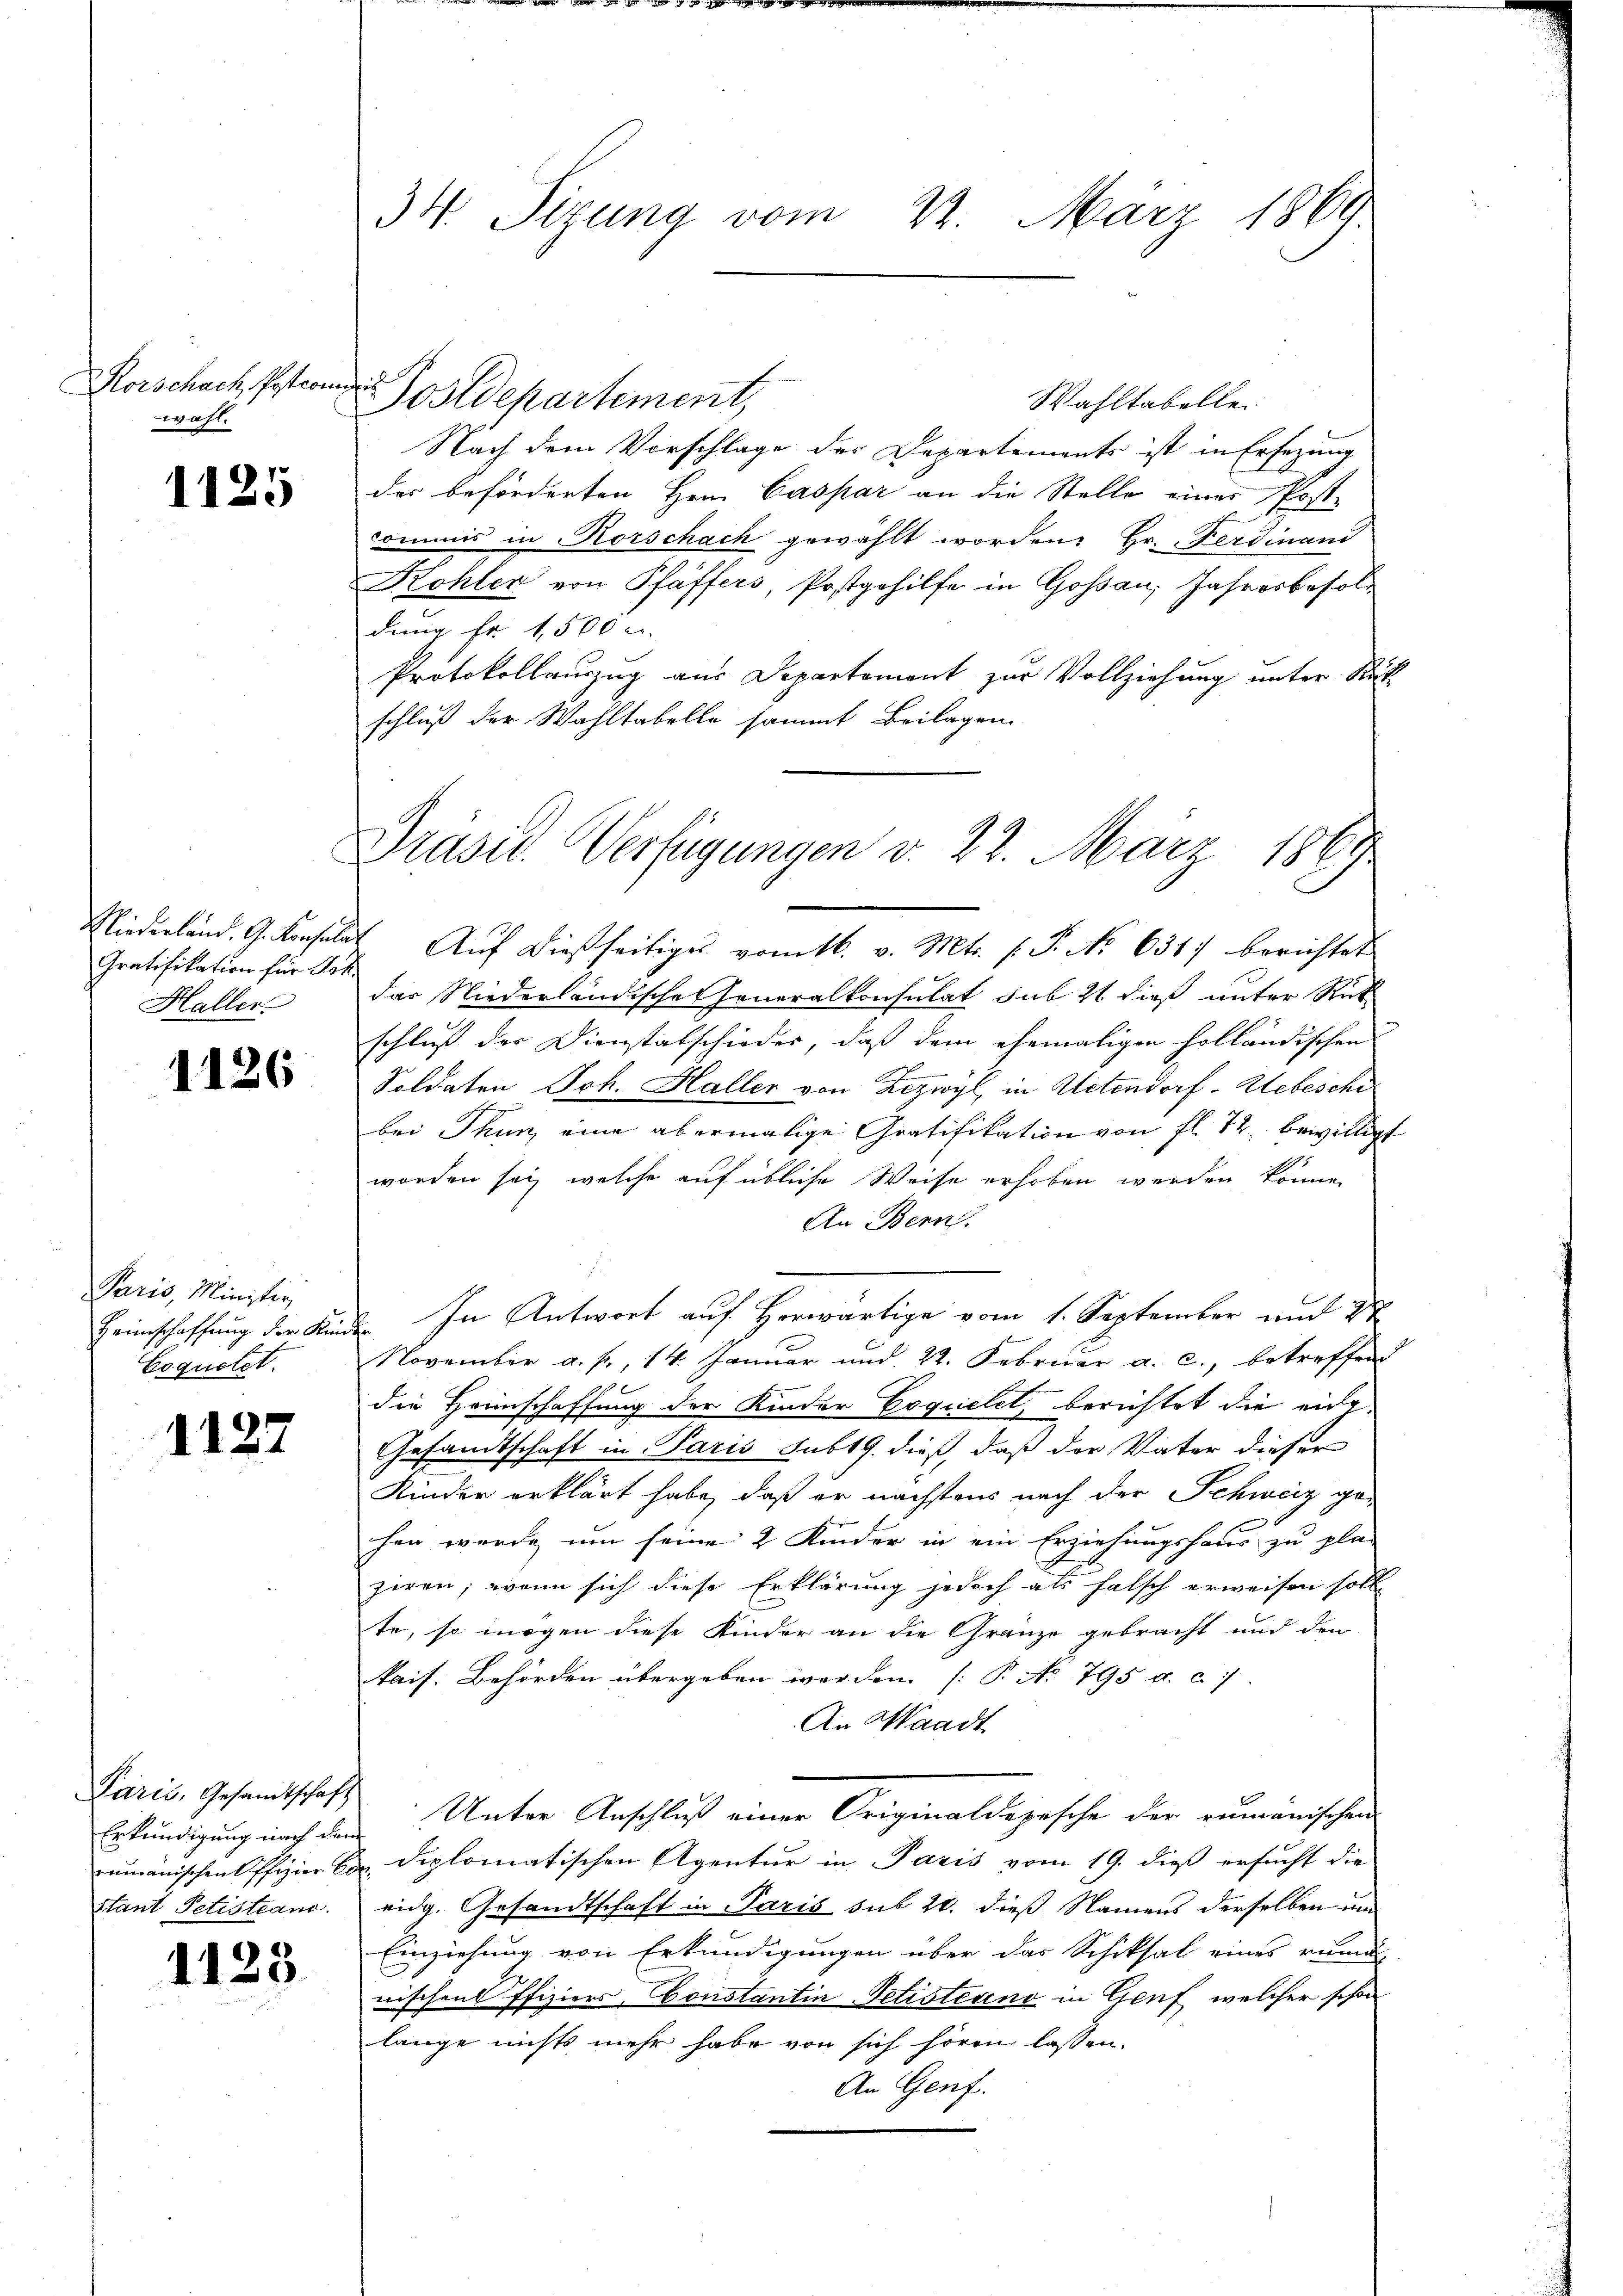
Korschach, Postion
wahl.

1125

1126

Paris, Ministir
Heimschaffung der Kin¬
Coquetet.

1127

1123

Niederland. G. Konsulat
Gratifikation für Joh.
Haller

Postdepartement,
Wahltabellei
Nach dem Vorschlage der Departements ist in Ersezung
der beförderten Hern Caspar an die Stelle einer Post-
commis in Horschach gewählt worden: Hr. Ferdinand
Kohler von Pfäffers, Postgehilfe in Goßau, Jahresbesoldung fr. 1,500 u.
Protokollauszug aus Departement zur Vollziehung unter Rück
schluß der Wahltabelle sammt Beilagen.

Paris, Gesandtschaft
Erkundigung nach dem
rumanischen Offizier Co
Stant Petistiano.

34. Sizung vom 22. März 1869

af

Präsid. Verfügungen v. 22. März 1864.

Aŭf dießseitiges vom 16. v. Mts. f. P. No 631. berichtet
das Niederländische Generalkonsulat sub 21 dieß unter Rit
schluß der Dienstabschieder, daß dem ehemaligen holländischen
Soldaten Ich. Haller von Zizwyl, in Actendorf - Hebesche
bei Thun, eine abermalige Gratifikation von fl. 72. bewilligt
worden sey, welche auf übliche Weise erhoben werden könne.
An Benn.
 In Antwort auf Herwärtige vom 1. September und 2
November a. f., 14. Januar und 22. Februar a. c., betreffend
die Heimschaffung der Kinder Coquelet, berichtet die eing
Gesandtschaft in Paris sub 19. dieß, daß der Vater dieser
Kinder erklärt habe, daß er nächstens nach der Schweiz ge-
chen werde, um seine 2 Kinder in ein Erziehungshaus zu pla-
ziren, wenn sich diese Erklärung jedoch als falsch erweisen soll,
te, so mögen diese Kinder an die Gränze gebracht und die
kais. Behörden übergeben werden. (T. No 795 a. c.
An Waadt
Unter Anschluß einer Originaldepesche der rumanischen
diplomatischen Agentur in Paris vom 19. dieß ersucht die
eidg. Gesandtschaft in Paris sub 20. dieß Namens derselben un
Einziehung von Erkundigungen über das Schiksal eines rema
nischens ffiziers-Constantin Petisternd in Genf, welcher schon
lange nichts mehr habe von sich hören lassen.
An Genf.